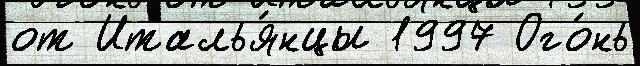
от Италья́нцы 1997 Ого́нь